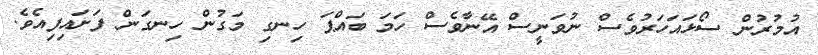
އުމުރުން ސޯޅައަހަރުވެސް ނުވަނީސް އޭނާވެސް ހަމަ ބައްޕަ ހިނގި މަގުން ހިނގަން ފަށައިފިއެވެ.